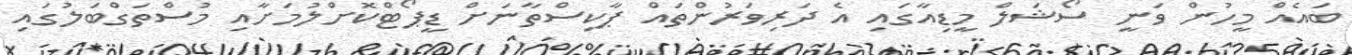
ބައެއް މީހުން ވަނީ ސޯޝަލް މީޑިއާގައި އެ ދަރިވަރުންތައް ޕާކިސްތާނަށް ޑީޕޯޓްކޮށްލުމަށާއި މުސްތަގްބަލުގައި